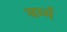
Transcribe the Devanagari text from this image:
बर्म्म